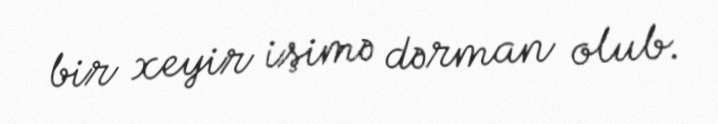
bir xeyir işimə dərman olub.